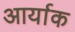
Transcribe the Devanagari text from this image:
आर्याक